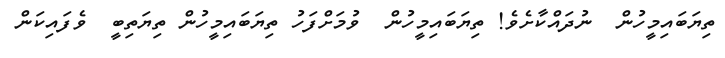
ތިޔަބައިމީހުން  ނުދައްކާށެވެ! ތިޔަބައިމީހުން  ވުމަށްފަހު ތިޔަބައިމީހުން ތިޔަތިބީ  ވެފައިކަން